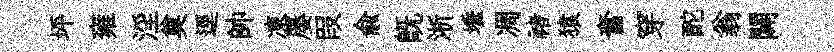
坪雍淫奠逕帥凍屡叚俞旣淅埵凋禇猿奮穿酡翁闢